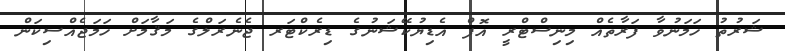
ޝަރުތު ހަމަނުވާ ފަރާތެއް މިނިސްޓްރީ އޮފް އެޑިޔުކޭޝަނުގެ ޑިރެކްޓަރ ޖެނެރަލްގެ މަޤާމަށް ހަމަޖެއްސިކަން